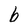
Character: b